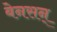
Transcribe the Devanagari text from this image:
बेनसन्